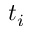
t _ { i }